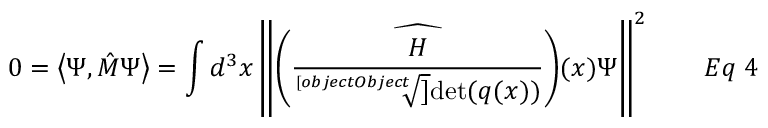
0 = \left\langle \Psi , { \hat { M } } \Psi \right\rangle = \int d ^ { 3 } x \left\| { \widehat { \left( { \frac { H } { \sqrt [ [object Object] ] { \operatorname* { d e t } ( q ( x ) ) } } } \right) } } ( x ) \Psi \right\| ^ { 2 } \qquad E q \; 4